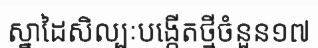
ស្នាដៃសិល្បៈបង្កើតថ្មីចំនួន១៧